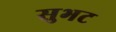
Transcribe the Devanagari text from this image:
सुभट